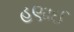
હણાઈ